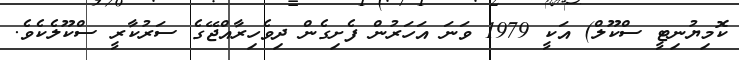
ކޮމިޔުނިޓީ ސްކޫލް) އަކީ 1979 ވަނަ އަހަރުން ފެށިގެން ދިވެހިރާއްޖޭގެ ސަރުކާރީ ސްކޫލެކެވެ.